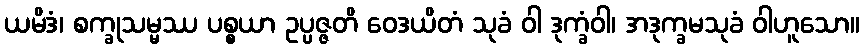
ယမိဒံ၊ စက္ခုသမ္မဿ ပစ္စယာ ဥပ္ပဇ္ဇတိ ဝေဒယိတံ သုခံ ဝါ ဒုက္ခံဝါ၊ အဒုက္ခမသုခံ ဝါဟူသော။